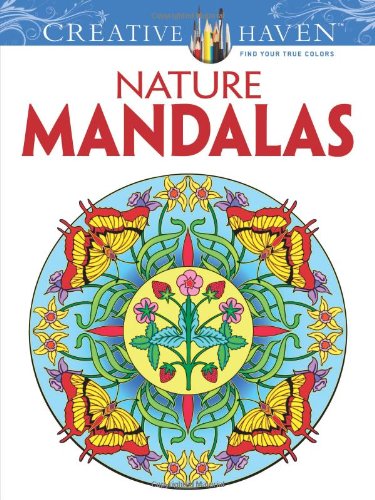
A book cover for Creative Haven Nature Mandalas Coloring Book (Creative Haven Coloring Books); Marty Noble; Crafts, Hobbies & Home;